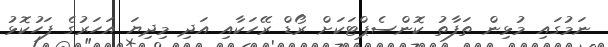
ނަމުގައި މުޅިން ތަފާތު ކޮންސެޕްޓަކަށް ރޯޑް ރޭހަކާއި އަދި މިދިޔަ އަހަރުގެ ފަހުކޮޅު